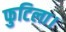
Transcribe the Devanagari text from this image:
फुटिला।